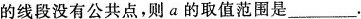
的线段没有公共点，则a的取值范围是___.